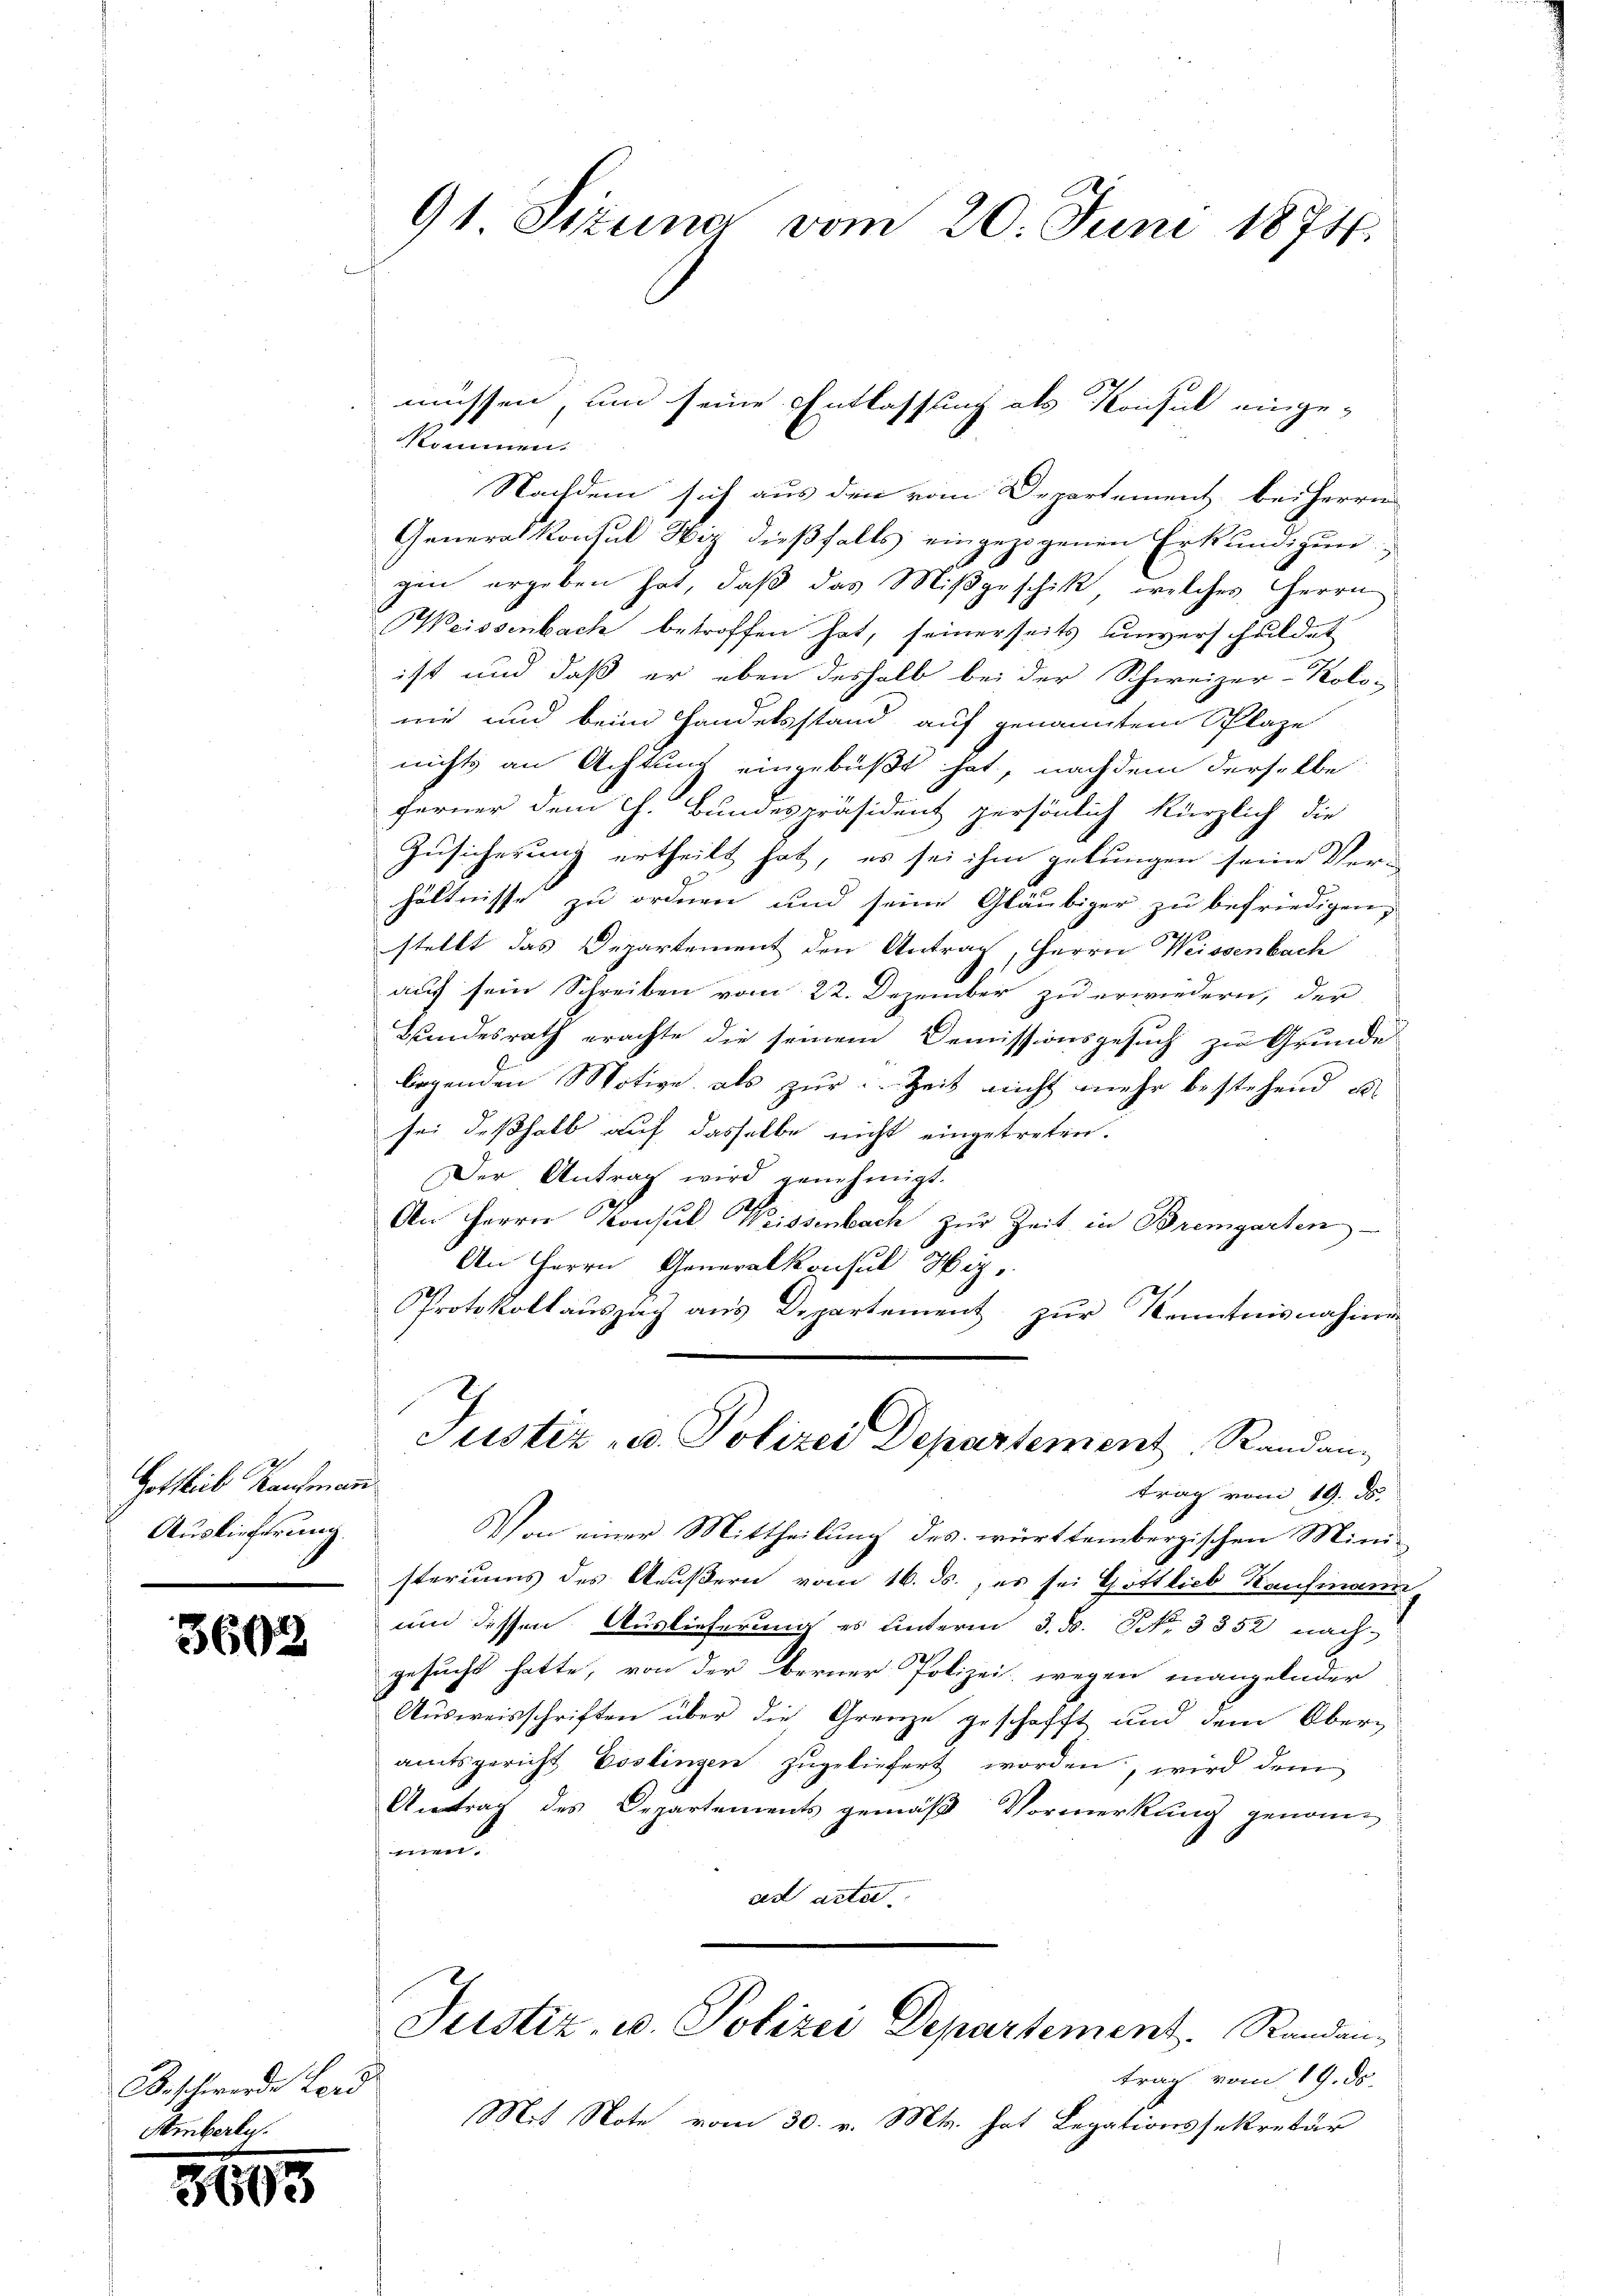
Gottlich Landmar
Auslieferung.

3603

Beschwerde Bord
Amberle.

3693

91 Sizung vom 20. Juni 1874.

kommen.
Nachdem sich aus den vom Departement bei Herrn
Generalkonsul Hiz dießfalls eingezogenen Erkundigun
gen ergeben hat, daß das Mißgeschick, welches Herrn
Weissenbach betroffen hat, seinerseits unverschuldet
ist und daß er eben deshalb bei der Schweizer-Kolo-
mie und beim Handelsstand auf genanntem Plaze
nichts an Achtung eingebüßt hat, nachdem derselbe
ferner dem Ch. Bundespräsident persönlich kürzlich die
Zusicherung ertheilt hat, es sei ihm gelungen seine Ver-
hältnisse zu ordnen und seine Gläubiger zu befriedigen,
stellt das Departement den Antrag, Herrn Weissenbach
auf sein Schreiben vom 22. Dezember zu erwiedern, der
Hundesrath erachte die seinem Demissionsgesuch zu Grunde
legenden Motive als zur Zeit nicht mehr bestehend e
sei deßhalb auf dasselbe nicht eingetreten.
Der Antrag wird genehmigt.
An Herrn Konsul Weissenbach zur Zeit in Bremgarten
An Herrn Generalkonsul Hiz,
Protokollauszug aus Departement zur Kenntnisnahme
Justiz u. Polizei Departement, Randang
trag vom 19. ds.
Von einer Mittheilung des württembergischen Ministeriums des Aeußern vom 16. ds., es sei Gottlieb Kaufmann
um dessen Auslieferung es unterm 3. ds. No. 3352 nach
gesucht hatte, von der berner Polizei, wegen mangelnder
Ausweisschriften über die Grenze geschafft und dem Oberamtsgericht Postingen zugeliefert worden, wird dem
Antrag des Departements gemäß Vormerkung genom
men.
ses acter
Justiz, u. Polizei Departement. Randantrag vom 19. ds.
Mit Note vom 30. v. Mts. hat Legationssekretär

müssen, um seine Entlassung als Konsul einge¬